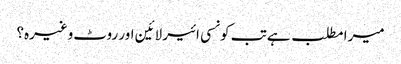
میرا مطلب ہے تب کونسی ائیر لائین اور روٹ وغیرہ؟